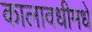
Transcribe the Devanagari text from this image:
कालावधीमधे